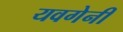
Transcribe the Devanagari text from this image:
यवगेनी